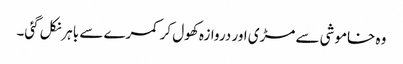
وہ خاموشی سے مڑی اور دروازہ کھول کر کمرے سے باہرنکل گئی۔